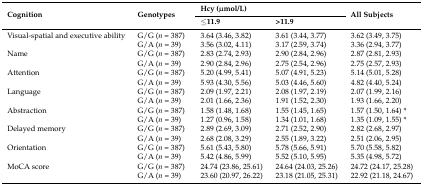
<table><thead><tr><td rowspan="2"><b>Cognition</b></td><td rowspan="2"><b>Genotypes</b></td><td colspan="2"><b>Hcy (μmol/L)</b></td><td rowspan="2"><b>All Subjects</b></td></tr><tr><td><b>≤11.9</b></td><td><b>&gt;11.9</b></td></tr></thead><tbody><tr><td>Visual-spatial and executive ability</td><td>G/G (<i>n</i> = 387)</td><td>3.64 (3.46, 3.82)</td><td>3.61 (3.44, 3.77)</td><td>3.62 (3.49, 3.75)</td></tr><tr><td></td><td>G/A (<i>n</i> = 39)</td><td>3.56 (3.02, 4.11)</td><td>3.17 (2.59, 3.74)</td><td>3.36 (2.94, 3.77)</td></tr><tr><td>Name</td><td>G/G (<i>n</i> = 387)</td><td>2.83 (2.74, 2.93)</td><td>2.90 (2.84, 2.96)</td><td>2.87 (2.81, 2.93)</td></tr><tr><td></td><td>G/A (<i>n</i> = 39)</td><td>2.90 (2.84, 2.96)</td><td>2.75 (2.54, 2.96)</td><td>2.75 (2.57, 2.93)</td></tr><tr><td>Attention</td><td>G/G (<i>n</i> = 387)</td><td>5.20 (4.99, 5.41)</td><td>5.07 (4.91, 5.23)</td><td>5.14 (5.01, 5.28)</td></tr><tr><td></td><td>G/A (<i>n</i> = 39)</td><td>5.93 (4.30, 5.56)</td><td>5.03 (4.46, 5.60)</td><td>4.82 (4.40, 5.24)</td></tr><tr><td>Language</td><td>G/G (<i>n</i> = 387)</td><td>2.09 (1.97, 2.21)</td><td>2.08 (1.97, 2.19)</td><td>2.07 (1.99, 2.16)</td></tr><tr><td></td><td>G/A (<i>n</i> = 39)</td><td>2.01 (1.66, 2.36)</td><td>1.91 (1.52, 2.30)</td><td>1.93 (1.66, 2.20)</td></tr><tr><td>Abstraction</td><td>G/G (<i>n</i> = 387)</td><td>1.58 (1.48, 1.68)</td><td>1.55 (1.45, 1.65)</td><td>1.57 (1.50, 1.64) *</td></tr><tr><td></td><td>G/A (<i>n</i> = 39)</td><td>1.27 (0.96, 1.58)</td><td>1.34 (1.01, 1.68)</td><td>1.35 (1.09, 1.55) *</td></tr><tr><td>Delayed memory</td><td>G/G (<i>n</i> = 387)</td><td>2.89 (2.69, 3.09)</td><td>2.71 (2.52, 2.90)</td><td>2.82 (2.68, 2.97)</td></tr><tr><td></td><td>G/A (<i>n</i> = 39)</td><td>2.68 (2.08, 3.29)</td><td>2.55 (1.89, 3.22)</td><td>2.51 (2.06, 2.95)</td></tr><tr><td>Orientation</td><td>G/G (<i>n</i> = 387)</td><td>5.61 (5.43, 5.80)</td><td>5.78 (5.66, 5.91)</td><td>5.70 (5.58, 5.82)</td></tr><tr><td></td><td>G/A (<i>n</i> = 39)</td><td>5.42 (4.86, 5.99)</td><td>5.52 (5.10, 5.95)</td><td>5.35 (4.98, 5.72)</td></tr><tr><td>MoCA score</td><td>G/G (<i>n</i> = 387)</td><td>24.74 (23.86, 25.61)</td><td>24.64 (24.03, 25.26)</td><td>24.72 (24.17, 25.28)</td></tr><tr><td></td><td>G/A (<i>n</i> = 39)</td><td>23.60 (20.97, 26.22)</td><td>23.18 (21.05, 25.31)</td><td>22.92 (21.18, 24.67)</td></tr></tbody></table>